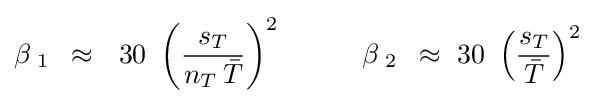
\beta _{\,\,1}\,\,\,\approx \,\,\,\,30\,\,\left({{s_{T}} \over {n_{T}\,{\bar {T}}}}\right)^{2}\,\,\,\,\,\,\,\,\,\,\,\,\,\,\,\,\,\beta _{\,\,2}\,\,\,\approx \,\,30\,\,\left({{s_{T}} \over {\bar {T}}}\right)^{2}